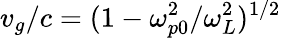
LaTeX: v_{g}/c=(1-\omega_{p0}^{2}/\omega_{L}^{2})^{1/2}